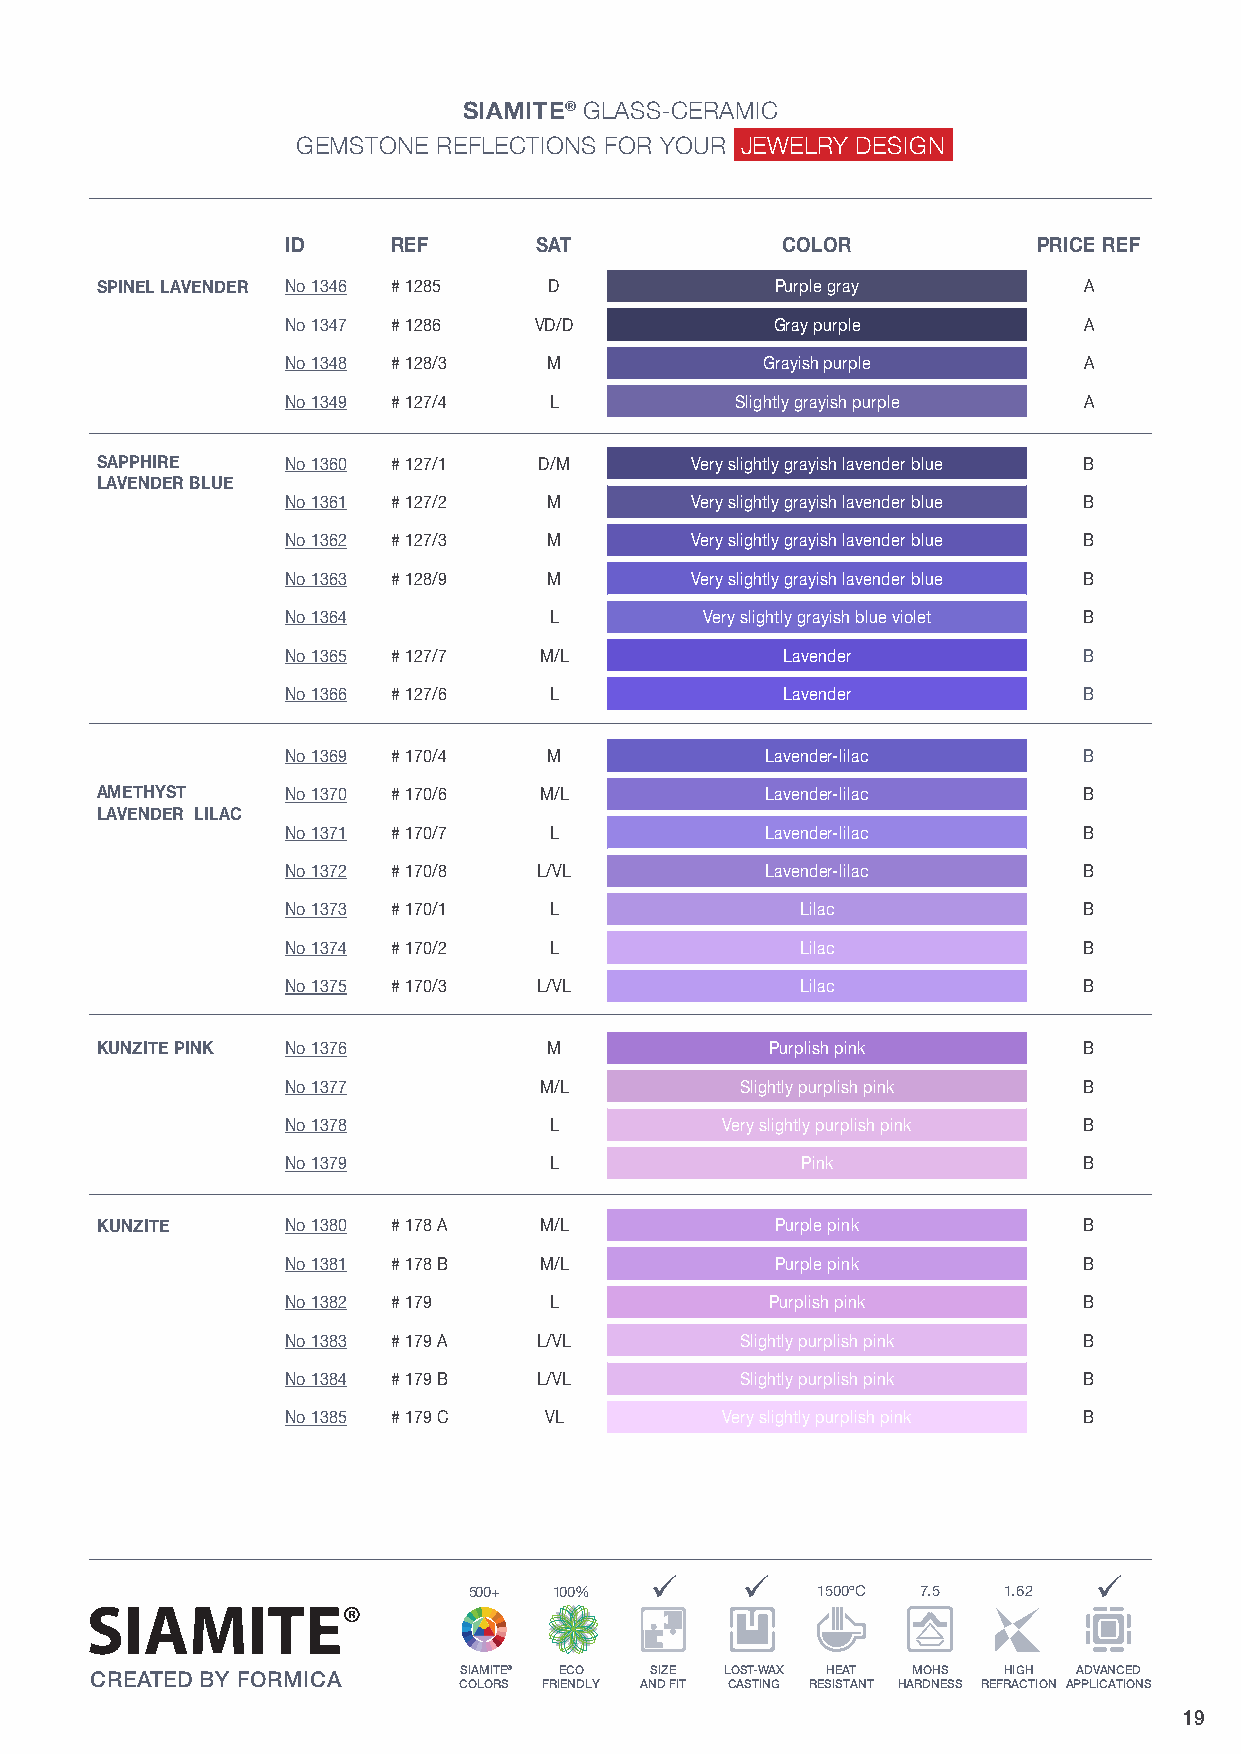
SIAMSIITAEM® IGTEEM® GSTLOASNSE- RCEEFRLAEMCITCIONS
 GEMSTONE RFEOFLRE YCOTUIORN SJ EFWOREL YROYU DRE SJIEGWNELRY DESIGN
 ID     REF      SAT              COLOR            PRICE REF
 SPINEL LAVENDER No 1346 # 1285 D             Purple gray          A
 No 1347 # 1286  VD/D            Gray purple          A
 No 1348 # 128/3  M             Grayish purple        A
 No 1349 # 127/4  L            Slightly grayish purple A
 SAPPHIRE     No 1360 # 127/1  D/M       Very slightly grayish lavender blue B
 LAVENDER BLUE
 No 1361 # 127/2  M         Very slightly grayish lavender blue B
 No 1362 # 127/3  M         Very slightly grayish lavender blue B
 No 1363 # 128/9  M         Very slightly grayish lavender blue B
 No 1364          L          Very slightly grayish blue violet B
 No 1365 # 127/7  M/L             Lavender            B
 No 1366 # 127/6  L               Lavender            B
 No 1369 # 170/4  M              Lavender-lilac       B
 AMETHYST     No 1370 # 170/6  M/L            Lavender-lilac       B
 LAVENDER LILAC
 No 1371 # 170/7  L              Lavender-lilac       B
 No 1372 # 170/8  L/VL           Lavender-lilac       B
 No 1373 # 170/1  L                Lilac              B
 No 1374 # 170/2  L                Lilac              B
 No 1375 # 170/3  L/VL             Lilac              B
 KUNZITE PINK No 1376          M              Purplish pink        B
 No 1377          M/L          Slightly purplish pink B
 No 1378          L           Very slightly purplish pink B
 No 1379          L                Pink               B
 KUNZITE      No 1380 # 178 A  M/L            Purple pink          B
 No 1381 # 178 B  M/L            Purple pink          B
 No 1382 # 179    L              Purplish pink        B
 No 1383 # 179 A  L/VL         Slightly purplish pink B
 No 1384 # 179 B  L/VL         Slightly purplish pink B
 No 1385 # 179 C  VL          Very slightly purplish pink B
 ü     ü                      ü
 500+  100%             1500ºC 7.5  1.62
 SIAMITE® ECO SIZE LOST-WAX HE AT MOHS HIGH ADVANCED
 CREATED BY FORMICA
 COLORS FRIENDLY AND FIT CASTING RESISTANT HARDNESS REFRACTION APPLICATIONS
 19